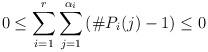
LaTeX: \begin{align*} 0 \leq \sum_{i=1}^{r} \sum_{j=1}^{\alpha_i} \left(\#P_i(j) -1\right) \leq 0\end{align*}